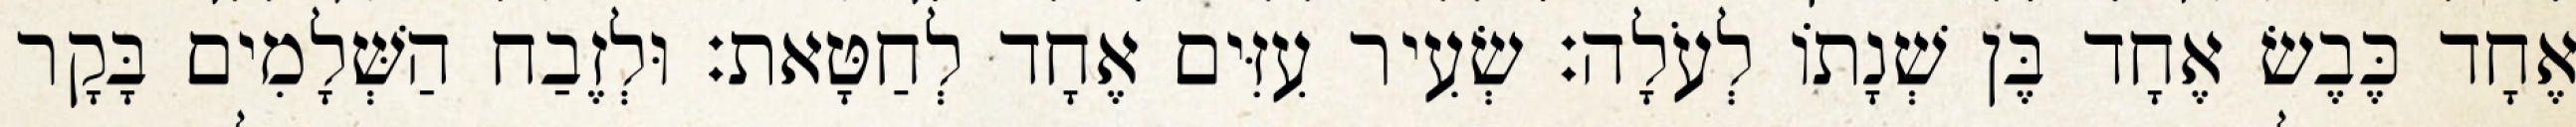
אֶחָד כֶּבֶשׂ אֶחָד בֶּן שְׁנָתוֹ לְעֹלָה׃ שְׂעִיר עִזִּים אֶחָד לְחַטָּאת׃ וּלְזֶבַח הַשְּׁלָמִים בָּקָר